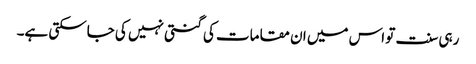
رہی سنت تو اس میں ان مقامات کی گنتی نہیں کی جاسکتی ہے۔